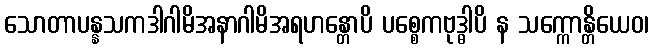
သောတာပန္နသကဒါဂါမိအနာဂါမိအရဟန္တောပိ ပစ္စေကဗုဒ္ဓါပိ န သက္ကောန္တိယေဝ၊